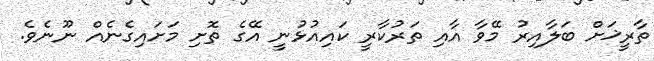
ތާރީޚަށް ބަލާއިރު މޭވާ އާއި ތަރުކާރީ ކައިއުޅުނީ އޭގެ ތޮށި މަށައިގެނެއް ނޫނެވެ.